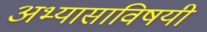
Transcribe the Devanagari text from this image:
अभ्यासाविषयी